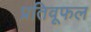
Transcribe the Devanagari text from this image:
प्रतिवूफल